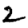
Digit: 2